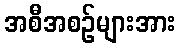
အစီအစဉ်များအား